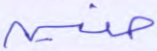
حنين